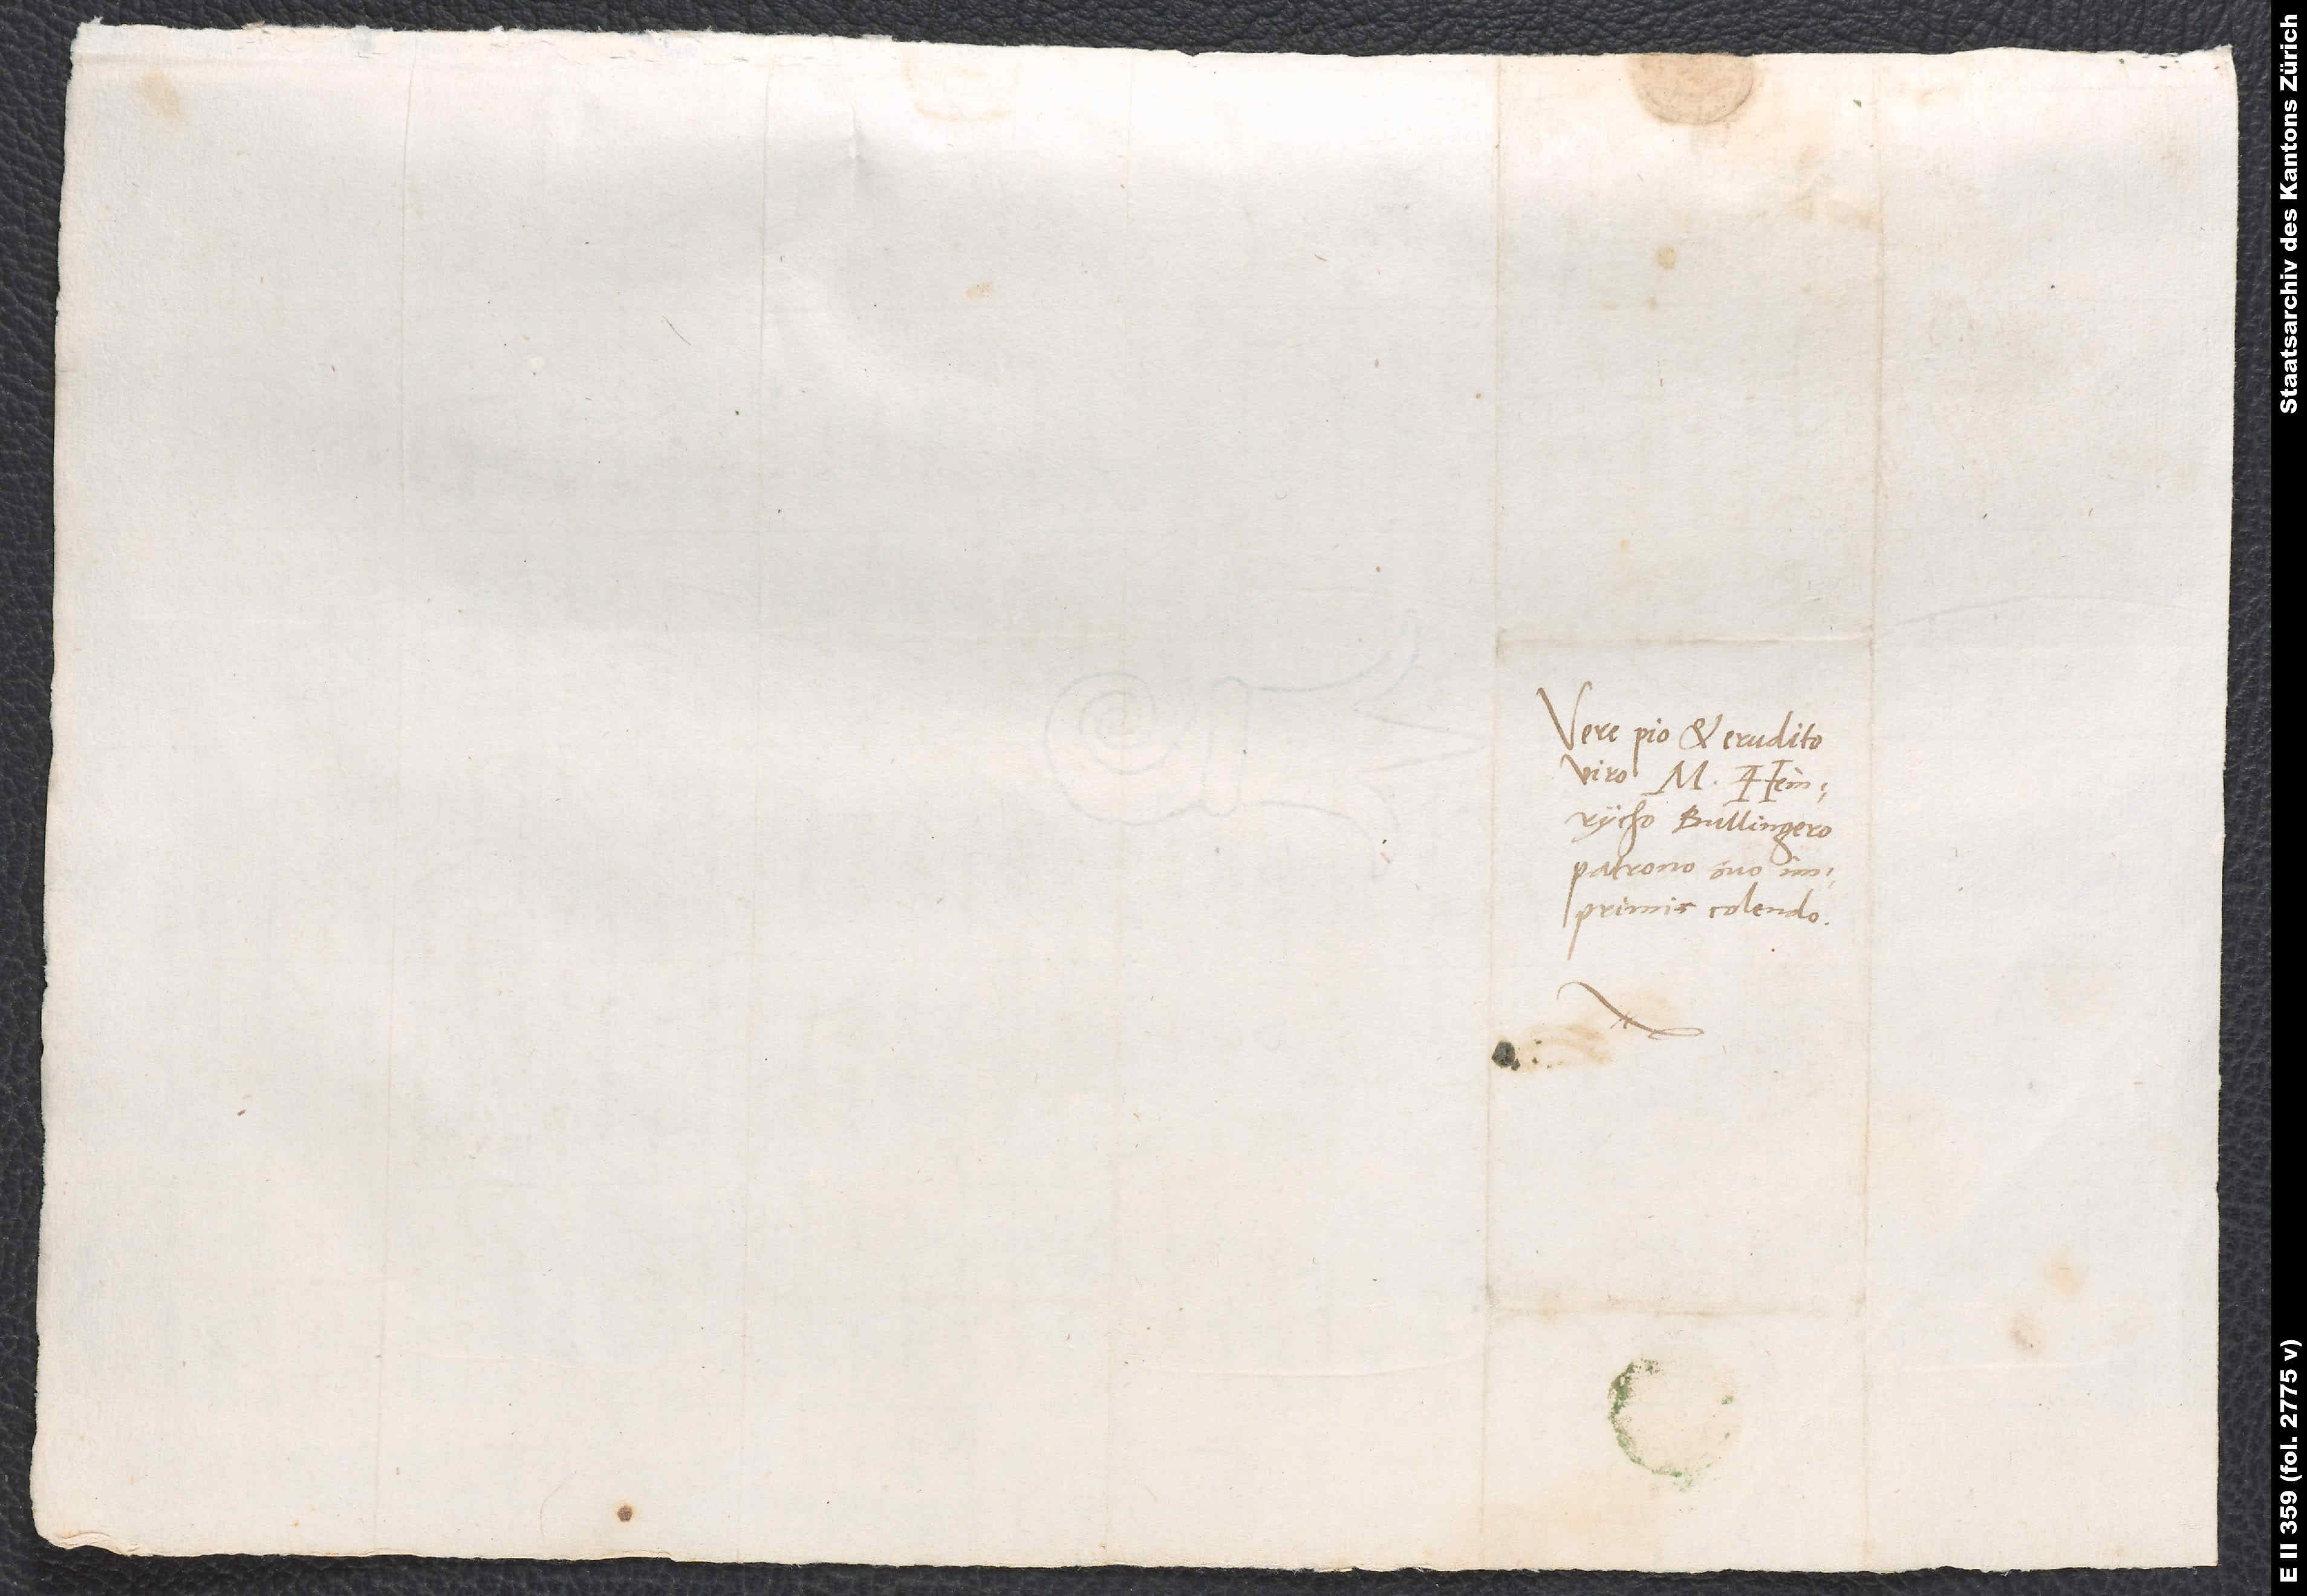
Vere pio et erudito
viro M. Heinrycho
Bullingero,
patrono suo
imprimis colendo.